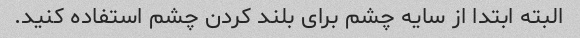
البته ابتدا از سایه چشم برای بلند کردن چشم استفاده کنید.